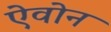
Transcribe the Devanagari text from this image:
ऐवोन